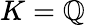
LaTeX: K=\mathbb{Q}